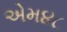
એમ૪૮